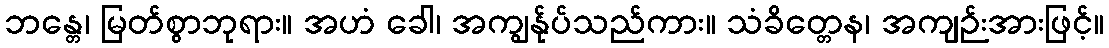
ဘန္တေ၊ မြတ်စွာဘုရား။ အဟံ ခေါ၊ အကျွန်ုပ်သည်ကား။ သံခိတ္တေန၊ အကျဉ်းအားဖြင့်။